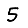
Digit: 5